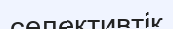
селективтік